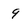
Character: 9